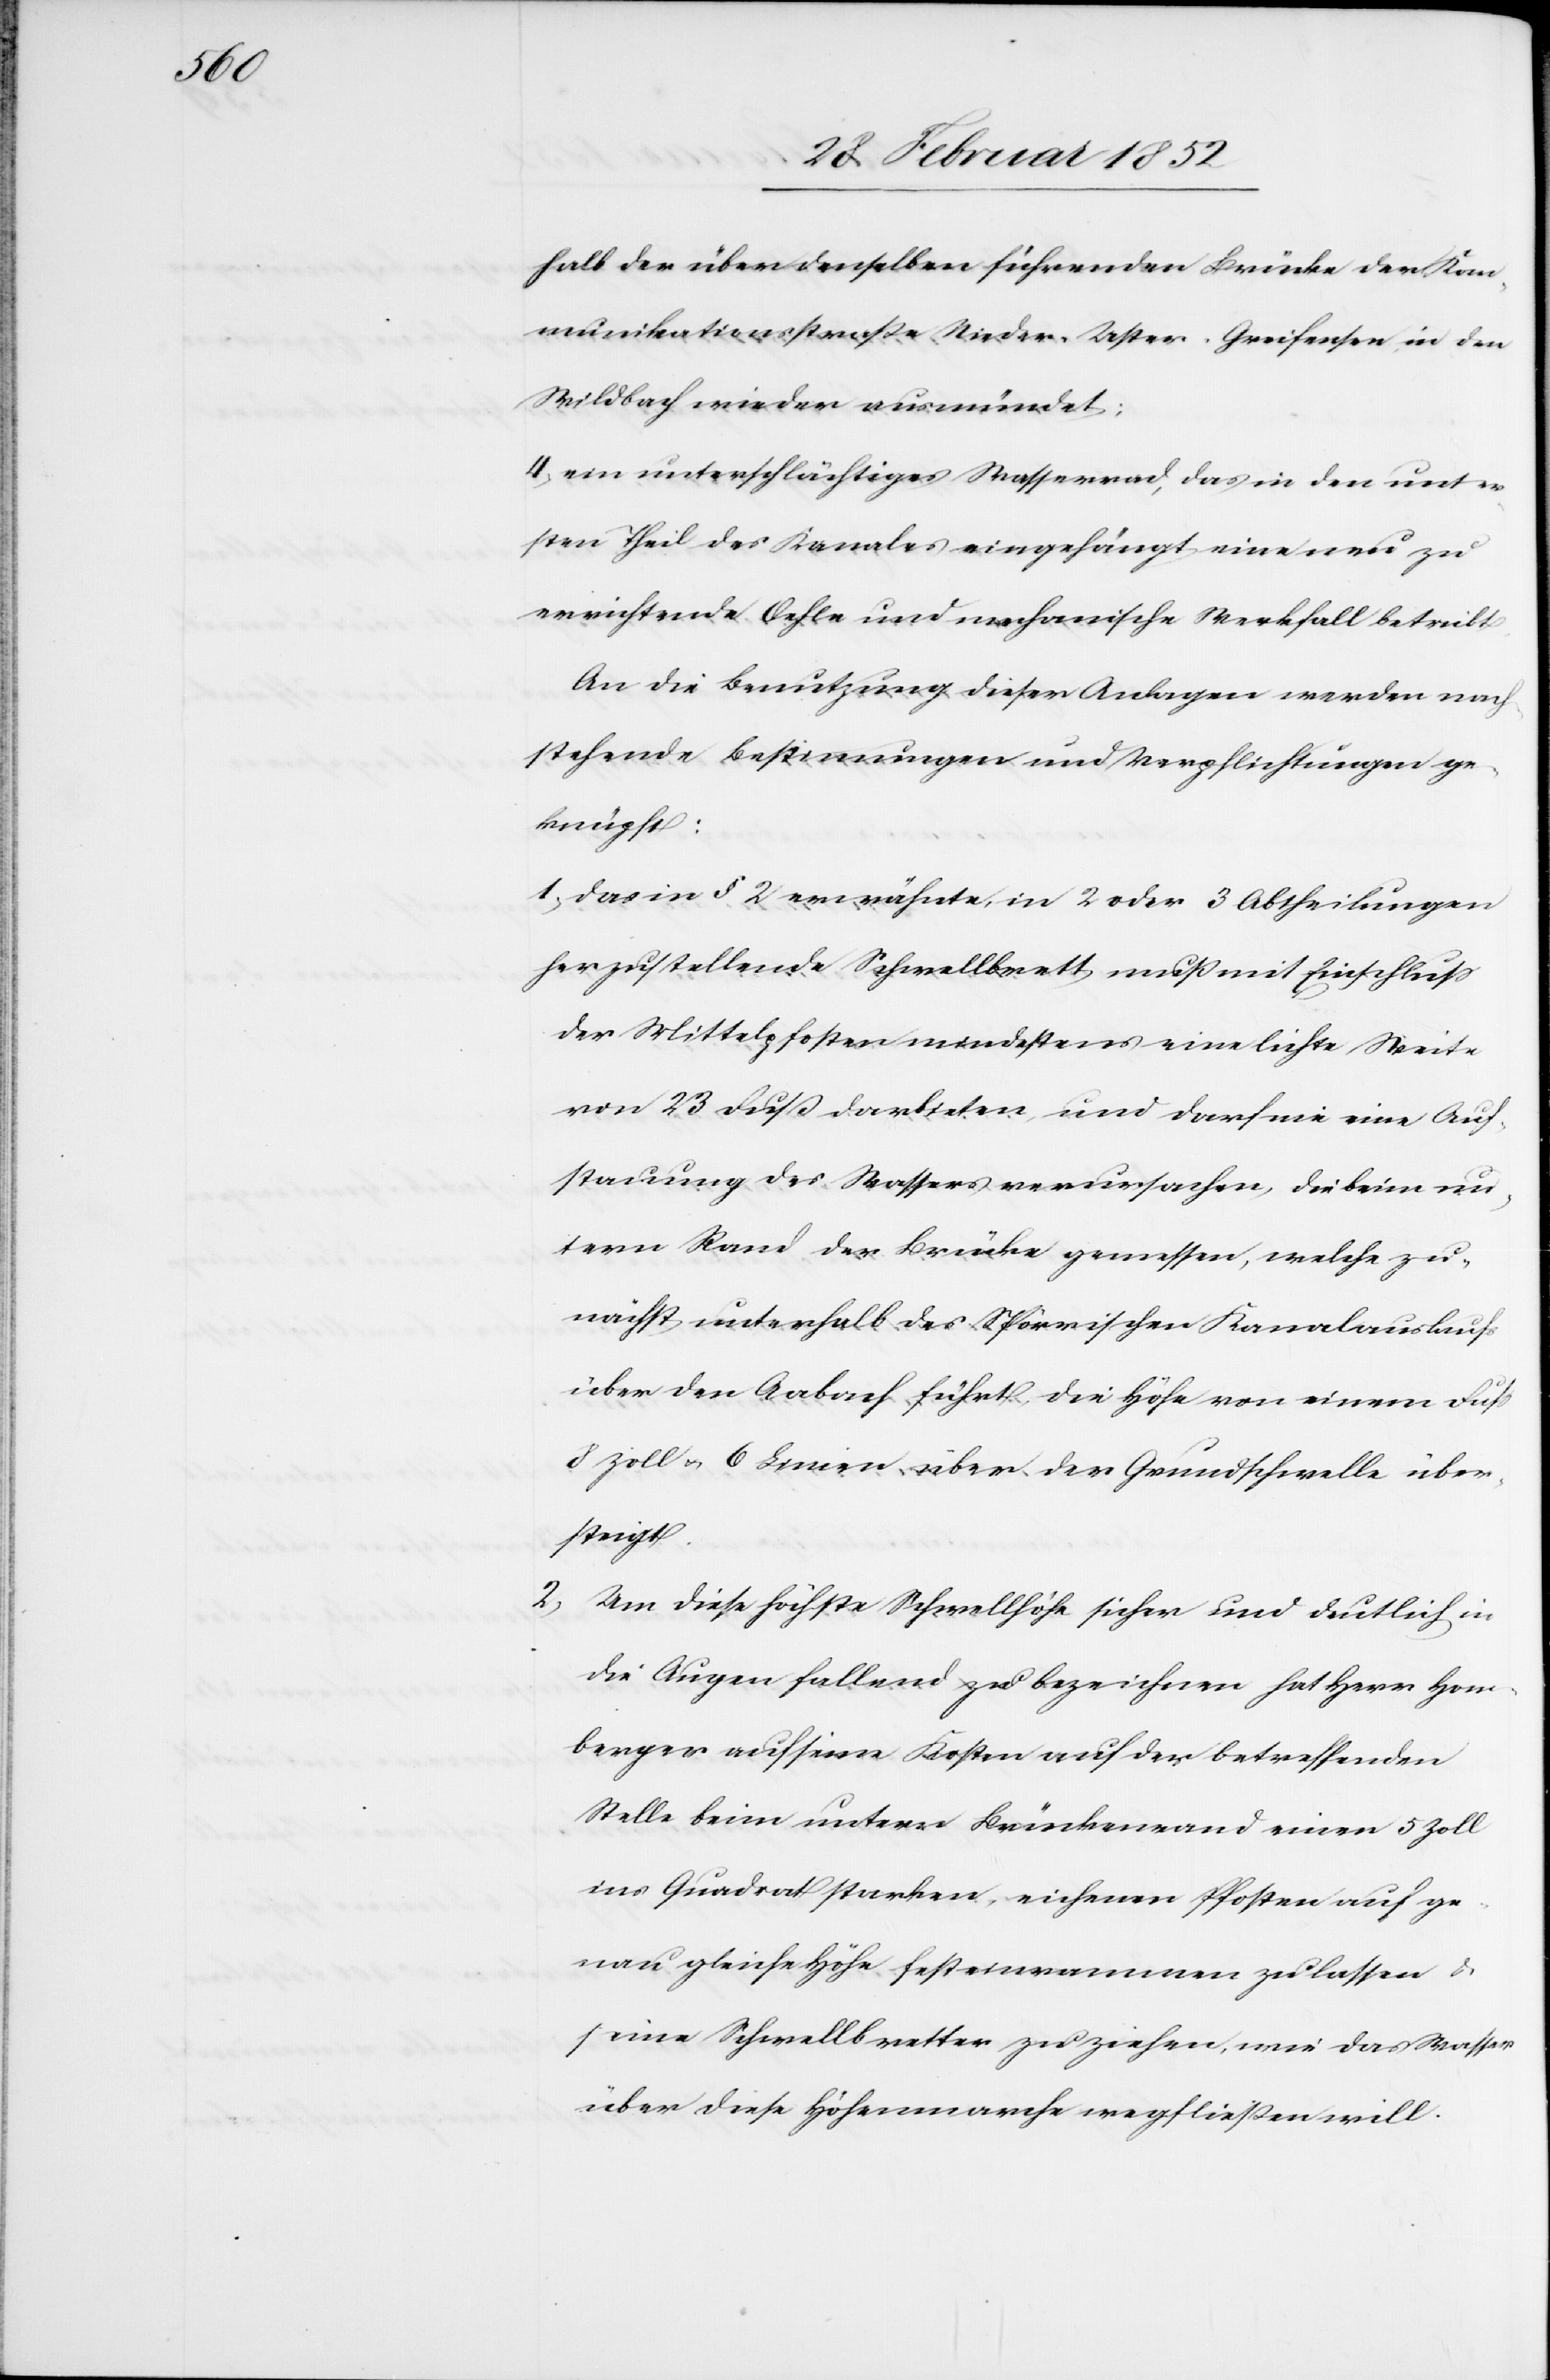
halb der über denselben führenden Brücke der Kom¬
munikationsstraße Nieder-Uster-Greifensee in den
Wildbach wieder ausmündet:
4) ein unterschlächtiges Wasserrad, das in den unter¬
sten Theil des Kanales eingehängt eine neu zu
errichtende Oehle und mechanische Werkfall [sic!]
An die Benutzung dieser Anlagen werden nach¬
stehende Bestimmungen und Verpflichtungen ge¬
knüpft:
1) Das in § 2 erwähnte, in 2 oder 3 Abtheilungen
herzustellende Schwellbrett muß mit Einschluß
der Mittelpfosten mindestens eine leichte Weite
von 23 Fuß darbieten und darf nie eine Auf¬
stauung des Wassers verursachen, die beim un¬
tern Stand der Brücke gemessen, welche zu¬
nächst unterhalb des Spörrischen Kanalauslaufs
über den Aabach führt, die Höhe von einem Fuß
8 Zoll u. 6 Linien über der Grundschwelle über¬
steigt.
2) Um diese höchste Schwellhöhe sicher und deutlich in
die Augen fallend zu bezeichnen hat Herr Hom¬
berger auf seine Kosten auf der betreffenden
Stelle beim untern Brückenrand einen 5 Zoll
ins Quadrat starken, eichenen Pfosten auf ge¬
nau gleiche Höhe fest einrammen zu lassen u.
seine Schwellbretter zu ziehen, wie das Wasser
über diese Höhenmarche wegfließen will.